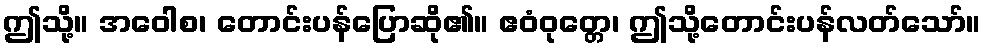
ဤသို့။ အဝေါစ၊ တောင်းပန်ပြောဆို၏။ ဧဝံဝုတ္တေ၊ ဤသို့တောင်းပန်လတ်သော်။